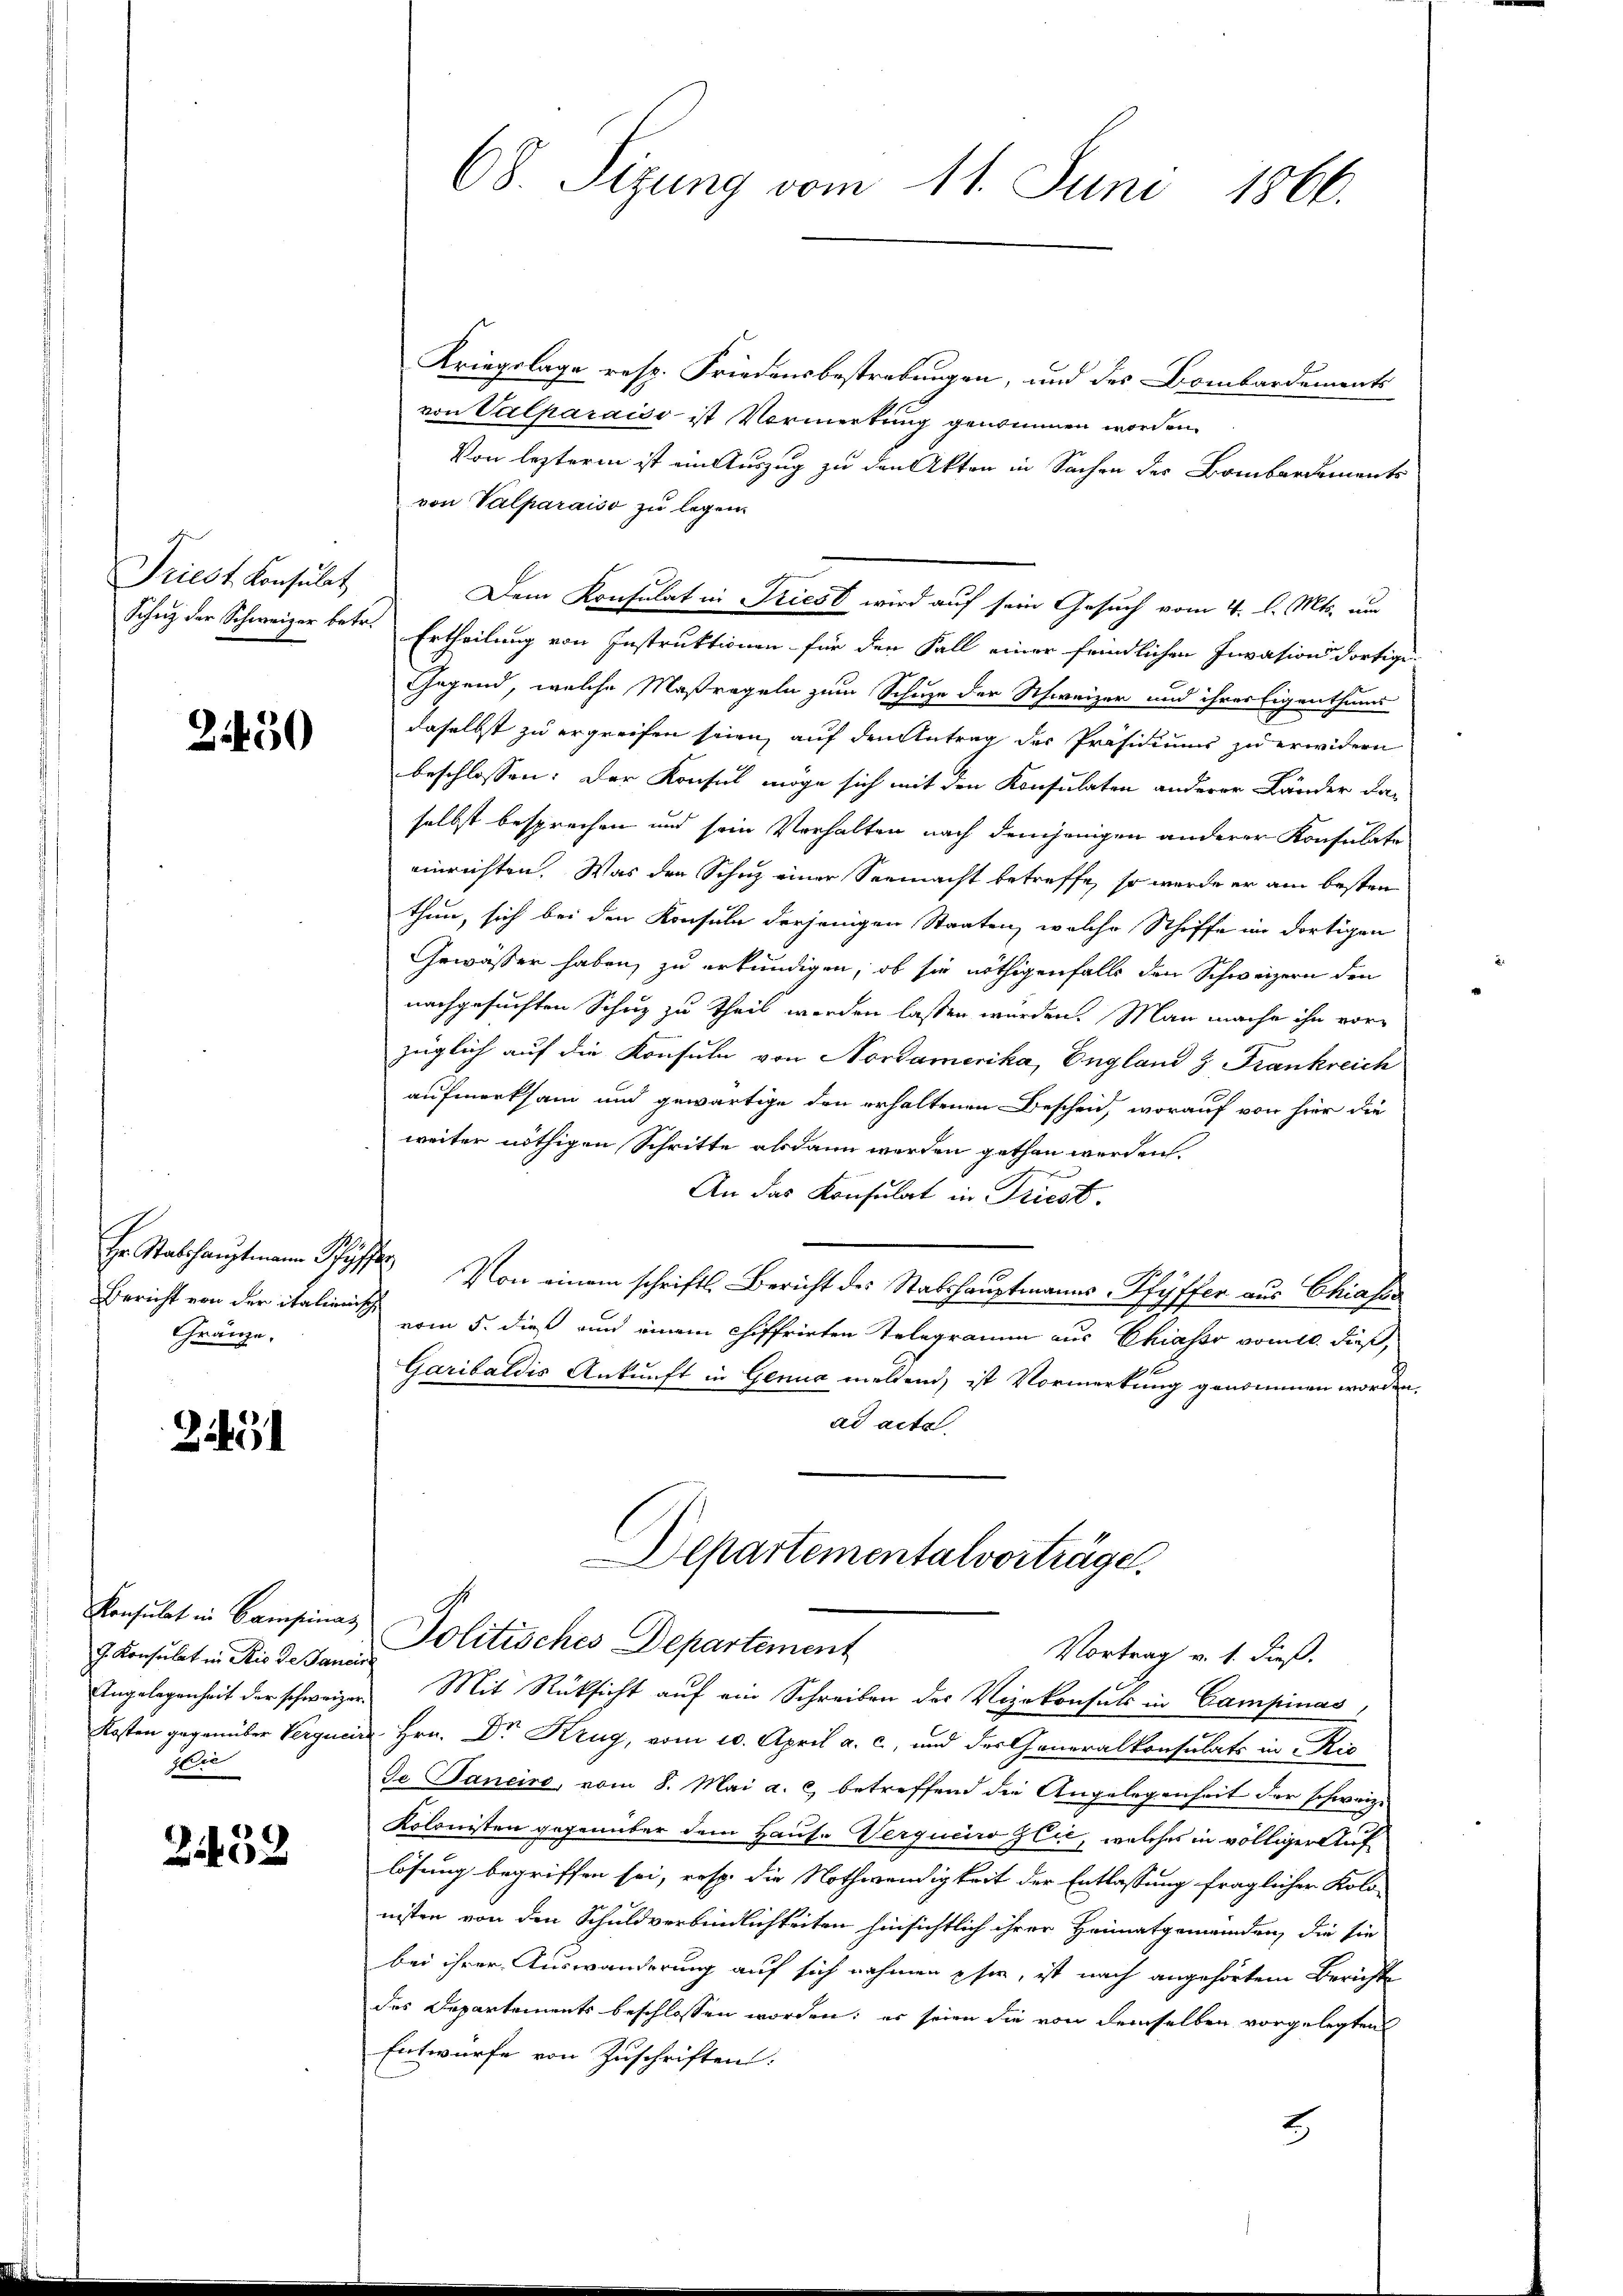
Triest. Konsulat

2430

Bericht von der italieni¬
Gränze.

21451

Konsulat in Campinaz
J. Konsulat in Rio de Janei
Angelegenheit der schweizer
Kosten gegenüber Verqueir
Wie

2452

68. Sizung vom 11. Juni 1866.

Kriegslage resp. Friedensbestrebungen, und des Bombardements
von Valparaiso ist Vormerkung genommen worden.
Von lezterm ist ein Auszug zu den Akten in Sachen des Bombardements
von Valparaiso zu legen.
Dem Konsulat in Priest wird auf sein Gesuch vom 4. d. Mts. um
Schutz der Schweizer betr. Ertheilung von Instruktionen für den Fall einer feindlichen Invasion dortige
Gegend, welche Maßregeln zum Schuze der Schweizer und ihres Eigenthum
daselbst zu ergreifen seien, auf den Antrag der Präsidiums zu erwidern
beschlossen: Der Konsul möge sich mit den Konsulaten anderer Länder da-
selbst besprechen und sein Verhalten nach demjenigen anderer Konsulate
einrichten. Was den Schutz einer Seemacht betreffe, so werde er am besten
thun, sich bei den Konsuln derjenigen Staaten, welche Schiffe im dortigen
Gewässer haben, zu erkundigen, ob sie nöthigenfalls den Schweizern den
nachgesuchten Schuz zu theil werden lassen wurden. Man mache ihn vorzüglich auf die Konsuln von Nordamerika, England & Frankreich
aufmerksam und gewärtige den erhaltenen Bescheid, worauf von hier die
weiter nöthigen Schritte alsdann werden gethan werden.
An das Konsulat in Kriest.
Hr. Stabshauptmann Pfyffe. Von einem schriftl. Bericht des Stabshauptmanns-Pfyffer aus Chiasss
vom 5. dieß und einem chiffrirten Telegramm aus Chiasso vom 10. dieß,
Garibaldis Ankunft in Genua meldend, ist Vormerkung genommen worden.
ad acta
Departementalvorträge.
Jolitisches Departement
Vortrag v. 1. dieß.
Mit Rücksicht auf ein Schreiben der Vizekonsuls in Campinas,
u. Hrn. Dr. Krug, vom 20. April a. c., und der Generalkonsulats in Ric
Je Janeiro, vom 8. Mai a. c. betreffend die Angelegenheit der schweize
Kolonisten gegenüber dem Haus. Verqueiro Ilie, welches in völliger Auflösung begriffen sei, resp. die Nothwendigkeit der Entlassung fraglicher Kolo-
nisten von den Schuldverbindlichkeiten hinsichtlich ihrer Heimatgemeinden, die sie
bei ihrer Auswanderung auf sich nehmen sie, ist nach angehörtem Berichte
des Departements beschlossen worden; er seien die von demselben vorgelegten
Entwürfe von Zuschriften.
2